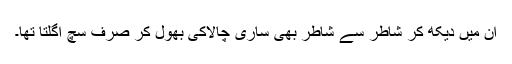
ان میں دیکھ کر شاطر سے شاطر بھی ساری چالاکی بھول کر صرف سچ اگلتا تھا۔